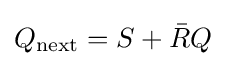
Q_{\text{next}}=S+{\bar {R}}Q